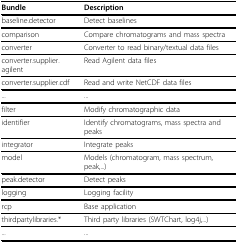
<table><thead><tr><td><b>Bundle</b></td><td><b>Description</b></td></tr></thead><tbody><tr><td>baseline.detector</td><td>Detect baselines</td></tr><tr><td>comparison</td><td>Compare chromatograms and mass spectra</td></tr><tr><td>converter</td><td>Converter to read binary/textual data files</td></tr><tr><td>converter.supplier.agilent</td><td>Read Agilent data files</td></tr><tr><td>converter.supplier.cdf</td><td>Read and write NetCDF data files</td></tr><tr><td>...</td><td>...</td></tr><tr><td>filter</td><td>Modify chromatographic data</td></tr><tr><td>identifier</td><td>Identify chromatograms, mass spectra and peaks</td></tr><tr><td>integrator</td><td>Integrate peaks</td></tr><tr><td>model</td><td>Models (chromatogram, mass spectrum, peak,...)</td></tr><tr><td>peak.detector</td><td>Detect peaks</td></tr><tr><td>logging</td><td>Logging facility</td></tr><tr><td>rcp</td><td>Base application</td></tr><tr><td>thirdpartylibraries.*</td><td>Third party libraries (SWTChart, log4j,...)</td></tr><tr><td>...</td><td>...</td></tr></tbody></table>